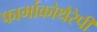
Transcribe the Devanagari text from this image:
फार्माकोथैरेपी